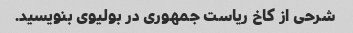
شرحی از کاخ ریاست جمهوری در بولیوی بنویسید.